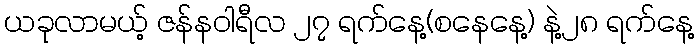
ယခုလာမယ့် ဇန်နဝါရီလ ၂၇ ရက်နေ့(စနေနေ့) နဲ့၂၈ ရက်နေ့